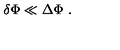
\delta \Phi \ll \Delta \Phi \ .